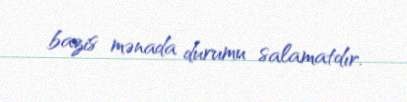
bazis mənada durumu salamatdır.